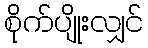
စိုက်ပျိုးလျှင်